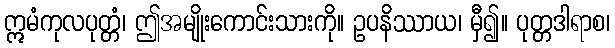
ဣမံကုလပုတ္တံ၊ ဤအမျိုးကောင်းသားကို။ ဥပနိဿာယ၊ မှီ၍။ ပုတ္တဒါရာစ၊